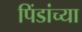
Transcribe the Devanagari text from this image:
पिंडांच्या